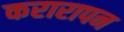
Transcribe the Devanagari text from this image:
करारापन